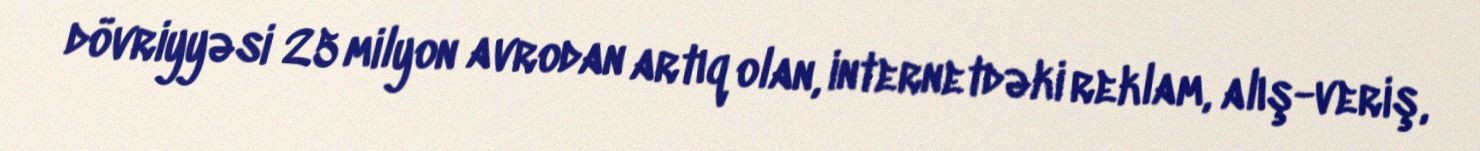
dövriyyəsi 25 milyon avrodan artıq olan, internetdəki reklam, alış-veriş,